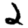
Digit: 2